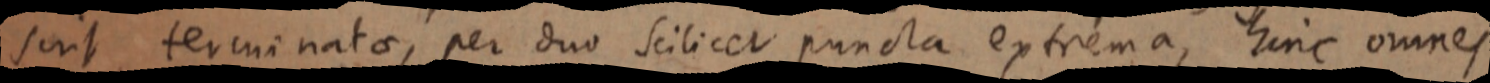
sint terminatae, per duo scilicet puncta extrema, hinc omnes